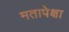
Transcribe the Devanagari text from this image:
मतापेक्षा